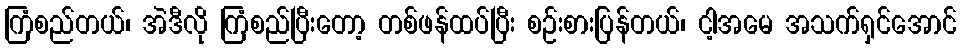
ကြံစည်တယ်၊ အဲဒီလို ကြံစည်ပြီးတော့ တစ်ဖန်ထပ်ပြီး စဉ်းစားပြန်တယ်၊ ငါ့အမေ အသက်ရှင်အောင်